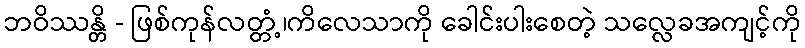
ဘဝိဿန္တိ - ဖြစ်ကုန်လတ္တံ့၊ကိလေသာကို ခေါင်းပါးစေတဲ့ သလ္လေခအကျင့်ကို